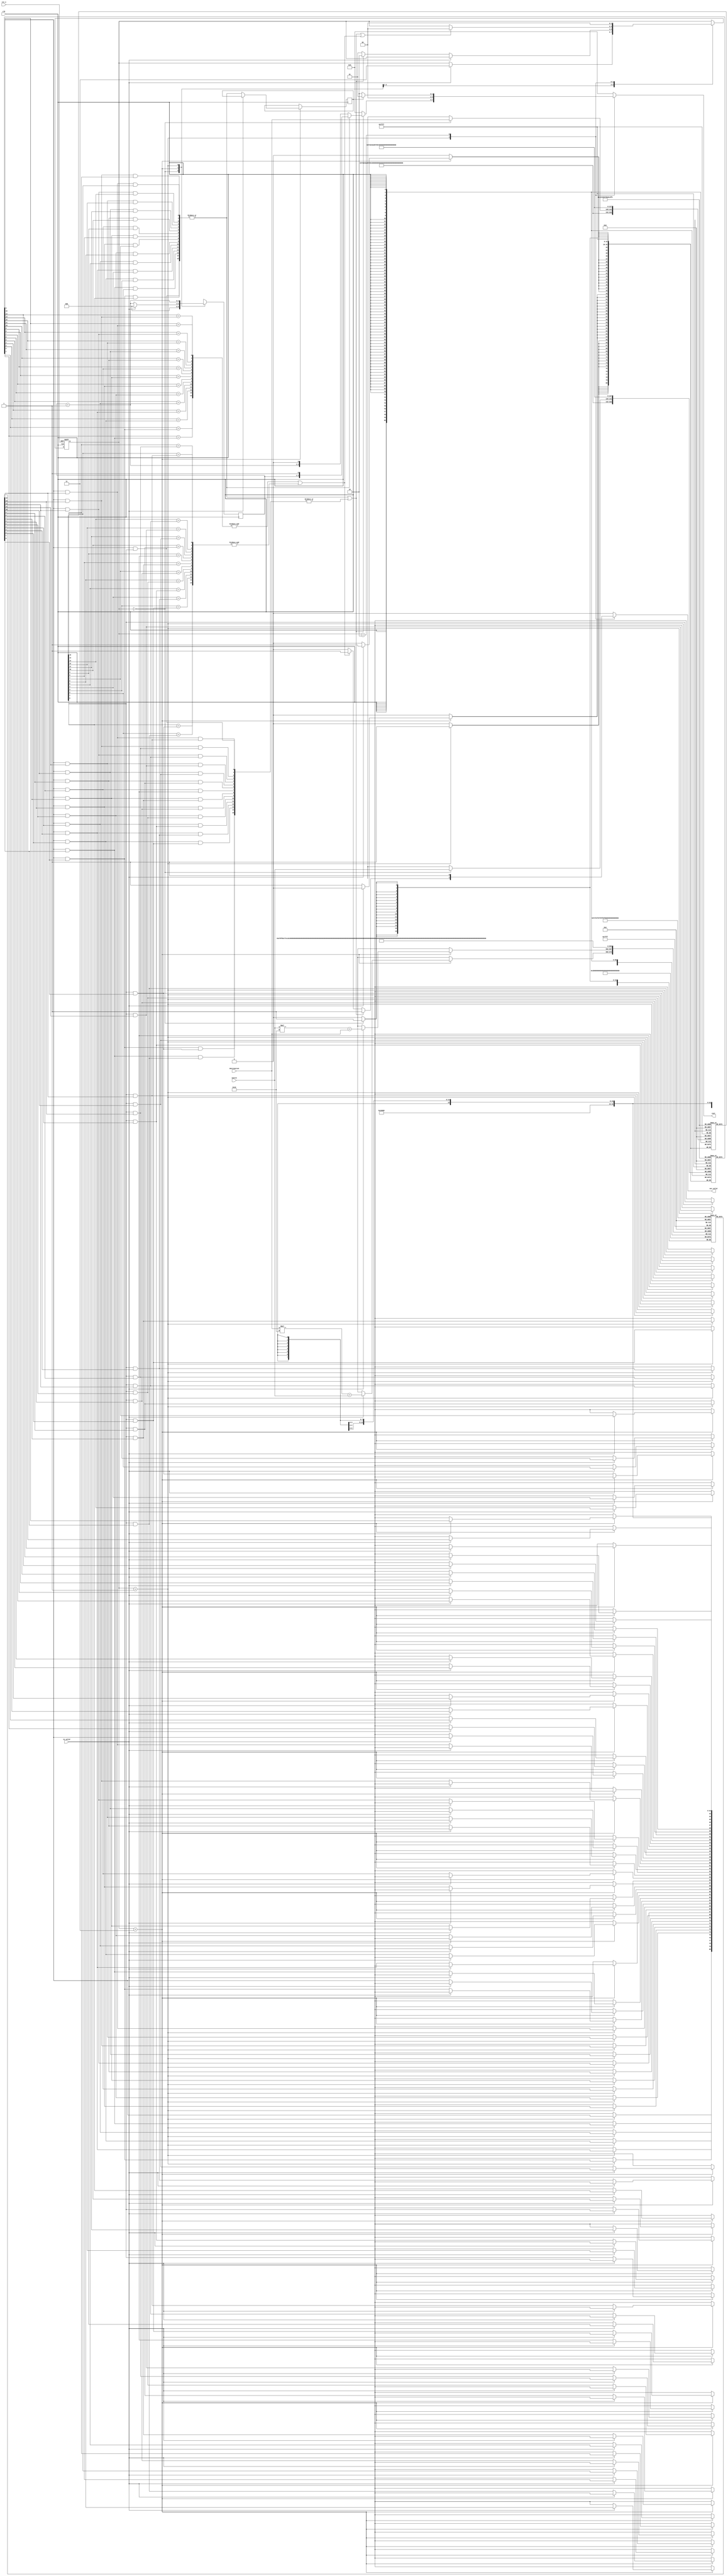
module TT(
	//Input Port
	clk,
	rst_n,
	in_valid,
	source,
	destination,

	//Output Port
	out_valid,
	cost
	);

input			   clk, rst_n, in_valid;
input	   [3:0]   source;
input	   [3:0]   destination;

output reg		  out_valid;
output reg  [3:0]   cost;

//==============================================//
reg [1:0] state, nxt_state;
localparam Idle		= 2'd0;
localparam Read		= 2'd3;
localparam Bfs		= 2'd1;
localparam Output	= 2'd2;

reg [3:0] s, d;
reg adj [0:15][0:15];
reg vis [0:15];
reg vid [0:15];
reg [2:0] dis2;
wire [2:0] dis2_add_1 = dis2 + 3'd1;
reg output1;

integer i, j;
genvar gv_i, gv_j;

wor vis_next [0:15];
generate
	for (gv_i = 0; gv_i <= 15; gv_i = gv_i + 1) begin
		for (gv_j = 0; gv_j <= 15; gv_j = gv_j + 1) begin
			if (gv_j < gv_i) begin
				assign vis_next[gv_i] = (vis[gv_j] && adj[gv_j][gv_i]);
			end
			else if (gv_j == gv_i) begin
				assign vis_next[gv_i] = vis[gv_j];
			end
			else if (gv_j > gv_i) begin
				assign vis_next[gv_i] = (vis[gv_j] && adj[gv_i][gv_j]);
			end
		end
	end
endgenerate
wor vid_next [0:15];
generate
	for (gv_i = 0; gv_i <= 15; gv_i = gv_i + 1) begin
		for (gv_j = 0; gv_j <= 15; gv_j = gv_j + 1) begin
			if (gv_j < gv_i) begin
				assign vid_next[gv_i] = (vid[gv_j] && adj[gv_j][gv_i]);
			end
			else if (gv_j == gv_i) begin
				assign vid_next[gv_i] = vid[gv_j];
			end
			else if (gv_j > gv_i) begin
				assign vid_next[gv_i] = (vid[gv_j] && adj[gv_i][gv_j]);
			end
		end
	end
endgenerate

wor bfs_found1;
generate
	for (gv_i = 0; gv_i <= 15; gv_i = gv_i + 1) begin
		assign bfs_found1 = (vis_next[gv_i] & vid[gv_i]);
	end
endgenerate
wor bfs_found2;
generate
	for (gv_i = 0; gv_i <= 15; gv_i = gv_i + 1) begin
		assign bfs_found2 = (vis_next[gv_i] & vid_next[gv_i]);
	end
endgenerate
wire bfs_found = bfs_found1 || bfs_found2;

wand bfs_ends;
generate
	for (gv_i = 0; gv_i <= 15; gv_i = gv_i + 1) begin
		assign bfs_ends = (vis[gv_i] == vis_next[gv_i]);
	end
endgenerate
wand bfs_endd;
generate
	for (gv_i = 0; gv_i <= 15; gv_i = gv_i + 1) begin
		assign bfs_endd = (vid[gv_i] == vid_next[gv_i]);
	end
endgenerate
wire bfs_end = (bfs_ends || bfs_endd);

always @(*) begin
	nxt_state <= state;
	case(state)
		Idle :
			if (in_valid) nxt_state <= Read;
		Read :
			if (!in_valid) begin
				if (bfs_found) nxt_state <= Output;
				else nxt_state <= Bfs;
			end
		Bfs : 
			if (bfs_found || bfs_end) nxt_state <= Idle;
		Output : nxt_state <= Idle;
	endcase
end

always @(posedge clk or negedge rst_n) begin
	if(!rst_n) state <= Idle;
	else state <= nxt_state;
end

always @(posedge clk) begin
	for (i = 0; i <= 15; i = i + 1) vis[i] <= 1'bx; //
	for (i = 0; i <= 15; i = i + 1) vid[i] <= 1'bx; //
	dis2 <= 3'bx; //
	case (state)
		Idle : begin
			for (i = 0; i <= 15; i = i + 1)
				for (j = i + 1; j <= 15; j = j + 1) adj[i][j] <= 1'b0;
			//if (in_valid) begin
				//s <= source;
				//d <= destination;

				for (i = 0; i <= 15; i = i + 1) vis[i] <= 1'b0;
				vis[source] <= 1'b1;
				for (i = 0; i <= 15; i = i + 1) vid[i] <= 1'b0;
				vid[destination] <= 1'b1;
				dis2 <= 3'd0;
			//end
		end
		Read : begin
			if (in_valid) begin
				//if (source < destination)
					adj[source][destination] <= 1'b1;
				//else /*if (destination < source)*/
					adj[destination][source] <= 1'b1;

				for (i = 0; i <= 15; i = i + 1) vis[i] <= vis[i];
				for (i = 0; i <= 15; i = i + 1) vid[i] <= vid[i];
				dis2 <= 3'd0;
			end
			else begin
				output1 <= bfs_found1;
				for (i = 0; i <= 15; i = i + 1) vis[i] <= vis_next[i];
				for (i = 0; i <= 15; i = i + 1) vid[i] <= vid_next[i];
				dis2 <= dis2_add_1;
			end
		end
		Bfs : begin
			for (i = 0; i <= 15; i = i + 1) vis[i] <= vis_next[i];
			for (i = 0; i <= 15; i = i + 1) vid[i] <= vid_next[i];
			dis2 <= dis2_add_1;
		end
	endcase
end

always @(*) begin
	out_valid <= 1'b0;
	cost <= 4'b0;
	case (state)
		Bfs : begin
			if (bfs_found) begin
				out_valid <= 1'b1;
				cost <= bfs_found1 ? {dis2, 1'b1} : {dis2_add_1, 1'b0};
			end
			else if (bfs_end) begin
				out_valid <= 1'b1;
				cost <= 4'd0;
			end
		end
		Output : begin
			out_valid <= 1'b1;
			cost <= output1 ? 4'd1 : 4'd2;
		end
	endcase
end

endmodule